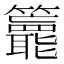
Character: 𥷵